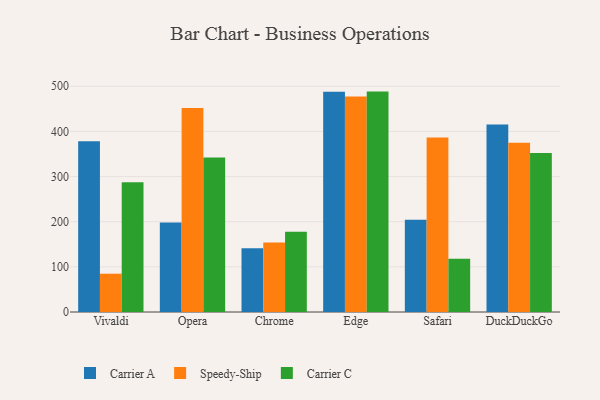
{"axis": {"x": "Browser", "y": "Active Users"}, "legend": ["Carrier A", "Carrier C", "Speedy-Ship"], "data": [{"x": "Vivaldi", "y": 378.2, "type": "Carrier A"}, {"x": "Vivaldi", "y": 84.8, "type": "Speedy-Ship"}, {"x": "Vivaldi", "y": 287.2, "type": "Carrier C"}, {"x": "Opera", "y": 198.2, "type": "Carrier A"}, {"x": "Opera", "y": 451.9, "type": "Speedy-Ship"}, {"x": "Opera", "y": 342.1, "type": "Carrier C"}, {"x": "Chrome", "y": 141.4, "type": "Carrier A"}, {"x": "Chrome", "y": 154.0, "type": "Speedy-Ship"}, {"x": "Chrome", "y": 177.7, "type": "Carrier C"}, {"x": "Edge", "y": 487.6, "type": "Carrier A"}, {"x": "Edge", "y": 477.2, "type": "Speedy-Ship"}, {"x": "Edge", "y": 488.2, "type": "Carrier C"}, {"x": "Safari", "y": 204.1, "type": "Carrier A"}, {"x": "Safari", "y": 386.3, "type": "Speedy-Ship"}, {"x": "Safari", "y": 117.9, "type": "Carrier C"}, {"x": "DuckDuckGo", "y": 415.6, "type": "Carrier A"}, {"x": "DuckDuckGo", "y": 374.9, "type": "Speedy-Ship"}, {"x": "DuckDuckGo", "y": 352.1, "type": "Carrier C"}]}